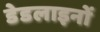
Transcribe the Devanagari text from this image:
डेडलाइनों